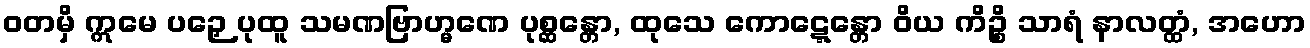
ဝတမှိ ဣမေ ပဉှေ ပုထူ သမဏဗြာဟ္မဏေ ပုစ္ဆန္တော, ထုသေ ကောဋ္ဋေန္တော ဝိယ ကိဉ္စိ သာရံ နာလတ္ထံ, အဟော